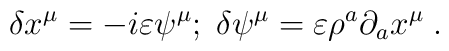
\delta x^ {\mu} = - i \varepsilon \psi^ {\mu}; \; \delta \psi^ {\mu} =\varepsilon \rho^a \partial_a x^ {\mu} \;.